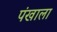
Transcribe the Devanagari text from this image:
पंखाला